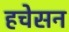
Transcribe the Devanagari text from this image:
हचेसन